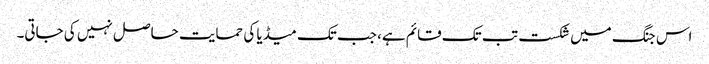
اس جنگ میں شکست تب تک قائم ہے، جب تک میڈیا کی حمایت حاصل نہیں کی جاتی۔